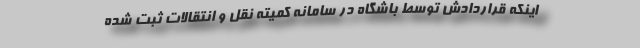
اینکه قراردادش توسط باشگاه در سامانه کمیته نقل و انتقالات ثبت شده